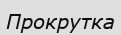
Прокрутка